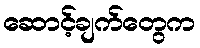
ဆောင့်ချက်တွေက